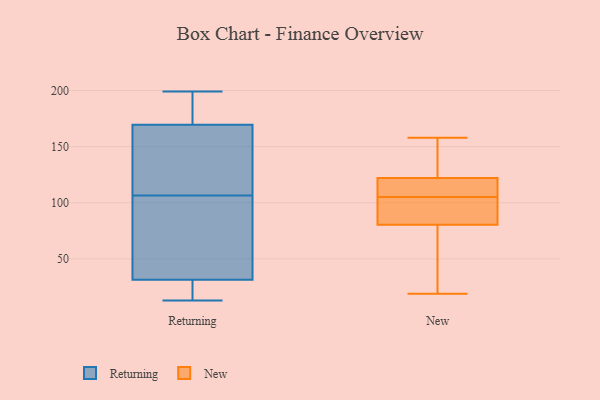
{"axis": {"x": "Active Users", "y": "Value"}, "legend": ["New", "Returning"], "data": [{"x": "", "y": 47, "type": "Returning"}, {"x": "", "y": 178, "type": "Returning"}, {"x": "", "y": 91, "type": "Returning"}, {"x": "", "y": 112, "type": "Returning"}, {"x": "", "y": 156, "type": "Returning"}, {"x": "", "y": 108, "type": "Returning"}, {"x": "", "y": 18, "type": "Returning"}, {"x": "", "y": 170, "type": "Returning"}, {"x": "", "y": 32, "type": "Returning"}, {"x": "", "y": 13, "type": "Returning"}, {"x": "", "y": 105, "type": "Returning"}, {"x": "", "y": 199, "type": "Returning"}, {"x": "", "y": 17, "type": "Returning"}, {"x": "", "y": 169, "type": "Returning"}, {"x": "", "y": 31, "type": "Returning"}, {"x": "", "y": 185, "type": "Returning"}, {"x": "", "y": 131, "type": "New"}, {"x": "", "y": 110, "type": "New"}, {"x": "", "y": 117, "type": "New"}, {"x": "", "y": 158, "type": "New"}, {"x": "", "y": 100, "type": "New"}, {"x": "", "y": 95, "type": "New"}, {"x": "", "y": 94, "type": "New"}, {"x": "", "y": 127, "type": "New"}, {"x": "", "y": 113, "type": "New"}, {"x": "", "y": 19, "type": "New"}, {"x": "", "y": 43, "type": "New"}, {"x": "", "y": 67, "type": "New"}]}